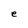
Character: e